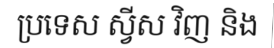
ប្រទេស ស្វីស វិញ និង